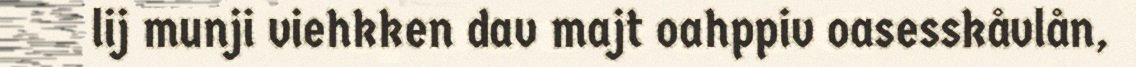
lij munji viehkken dav majt oahppiv oasesskåvlån,